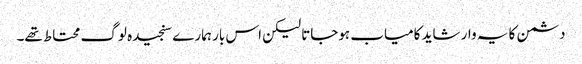
دشمن کا یہ وار شاید کامیاب ہوجاتا لیکن اس بار ہمارے سنجیدہ لوگ محتاط تھے۔